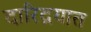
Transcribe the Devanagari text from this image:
दारिद्रयात